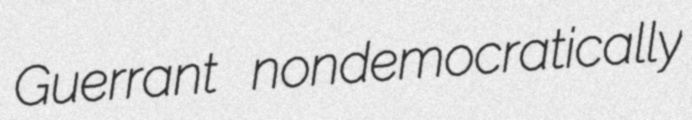
Guerrant nondemocratically